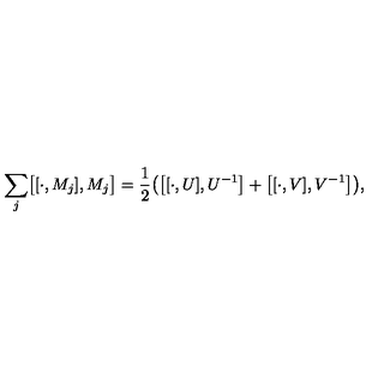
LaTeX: \sum _ { j } \bigl [ [ \cdot , M _ { j } ] , M _ { j } \bigr ] = { \frac { 1 } { 2 } } \bigl ( \bigl [ [ \cdot , U ] , U ^ { - 1 } \bigr ] + \bigl [ [ \cdot , V ] , V ^ { - 1 } \bigr ] \bigr ) , \nonumber